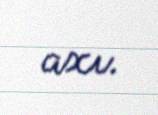
axı.